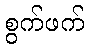
စွက်ဖက်